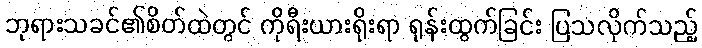
ဘုရားသခင်၏စိတ်ထဲတွင် ကိုရီးယားရိုးရာ ရုန်းထွက်ခြင်း ပြသလိုက်သည့်